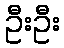
ဦးဦး